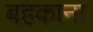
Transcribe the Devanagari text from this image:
बहकाना